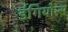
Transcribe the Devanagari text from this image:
डंगियोन्स